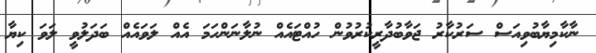
ނާކާމިޔާބުވިއަސް ސަރުކާރު ޖަވާބުދާރީކުރުވުން ހުއްޓައެއް ނުލާނަންހަމަ އެއް ލަވައެއް ބަދަލުވީ ލަވަ ކިޔާ